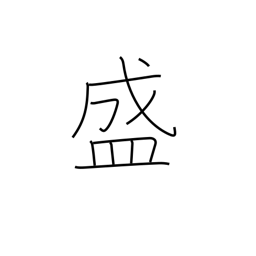
Meaning: prosper